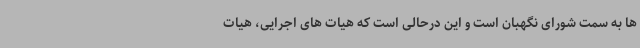
ها به سمت شورای نگهبان است و این درحالی است که هیات های اجرایی، هیات